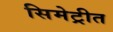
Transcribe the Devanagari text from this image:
सिमेट्रीत